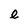
Character: e